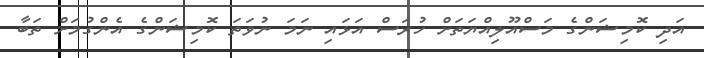
އަދި ކޮމިޝަންގެ މަސްއޫލިއްޔަތަށް ހުރަސް އަޅައި ނަމަ ނުވަތަ ކޮމިޝަންގެ އެންގުމަށް ތަބާ